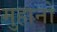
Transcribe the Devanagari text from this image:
मुहानो